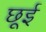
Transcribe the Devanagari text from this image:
छूई